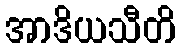
အာဒိယသီတိ